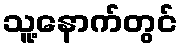
သူ့နောက်တွင်